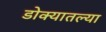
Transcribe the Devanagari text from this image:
डोक्यातल्या